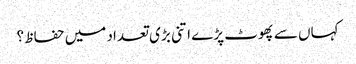
کہاں سے پھوٹ پڑے اتنی بڑی تعداد میں حفاظ ؟